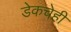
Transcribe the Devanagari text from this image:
डेकचेही